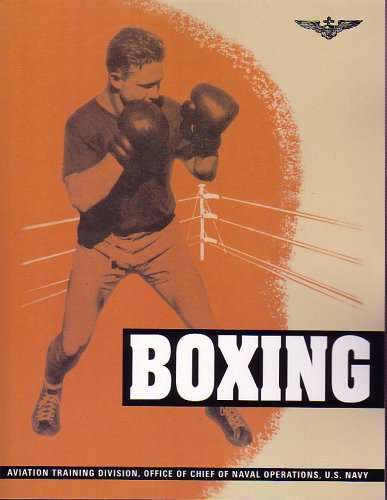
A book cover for Boxing (Naval Aviation Physical Training Manuals); U.S. Naval Institute; Sports & Outdoors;